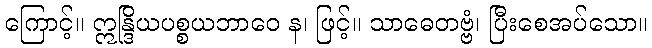
ကြောင့်။ ဣန္ဒြိယပစ္စယဘာဝေ န၊ ဖြင့်။ သာဓေတဗ္ဗံ၊ ပြီးစေအပ်သော။